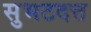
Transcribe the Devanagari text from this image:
सुभटदत्त